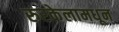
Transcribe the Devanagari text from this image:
रुरकेलामधून